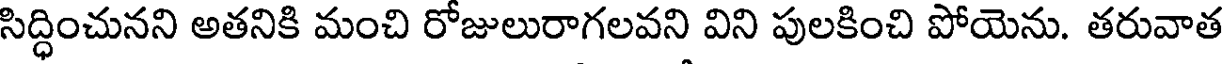
సిద్ధించునని అతనికి మంచి రోజులురాగలవని విని పులకించి పోయెను. తరువాత